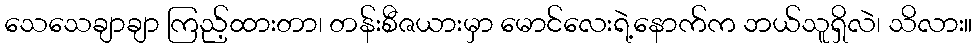
သေသေချာချာ ကြည့်ထားတာ၊ တန်းစီဇယားမှာ မောင်လေးရဲ့နောက်က ဘယ်သူရှိလဲ၊ သိလား။